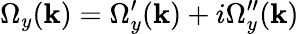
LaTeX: \Omega_{y}(\mathbf{k})=\Omega_{y}^{\prime}(\mathbf{k})+i\Omega_{y}^{\prime\prime}(\mathbf{k})